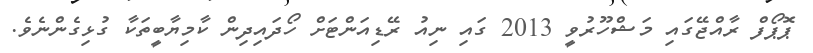
ޕޮޕޯފް ރާއްޖޭގައި މަޝްހޫރުވީ 2013 ގައި ނިއު ރޭޑިއަންޓަށް ހޯދައިދިން ކާމިޔާބީތަކާ ގުޅިގެންނެވެ.